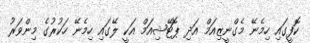
ކޮފީގައި ހިމެނޭ މެގްނީޒިއަމް އަދި ޕޮޓޭޝިއަމް އަކީ ލޭގައި ހިމެނޭ ހަކުރުގެ މިންވަރު